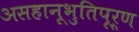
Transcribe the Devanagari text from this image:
असहानूभुतिपूर्ण